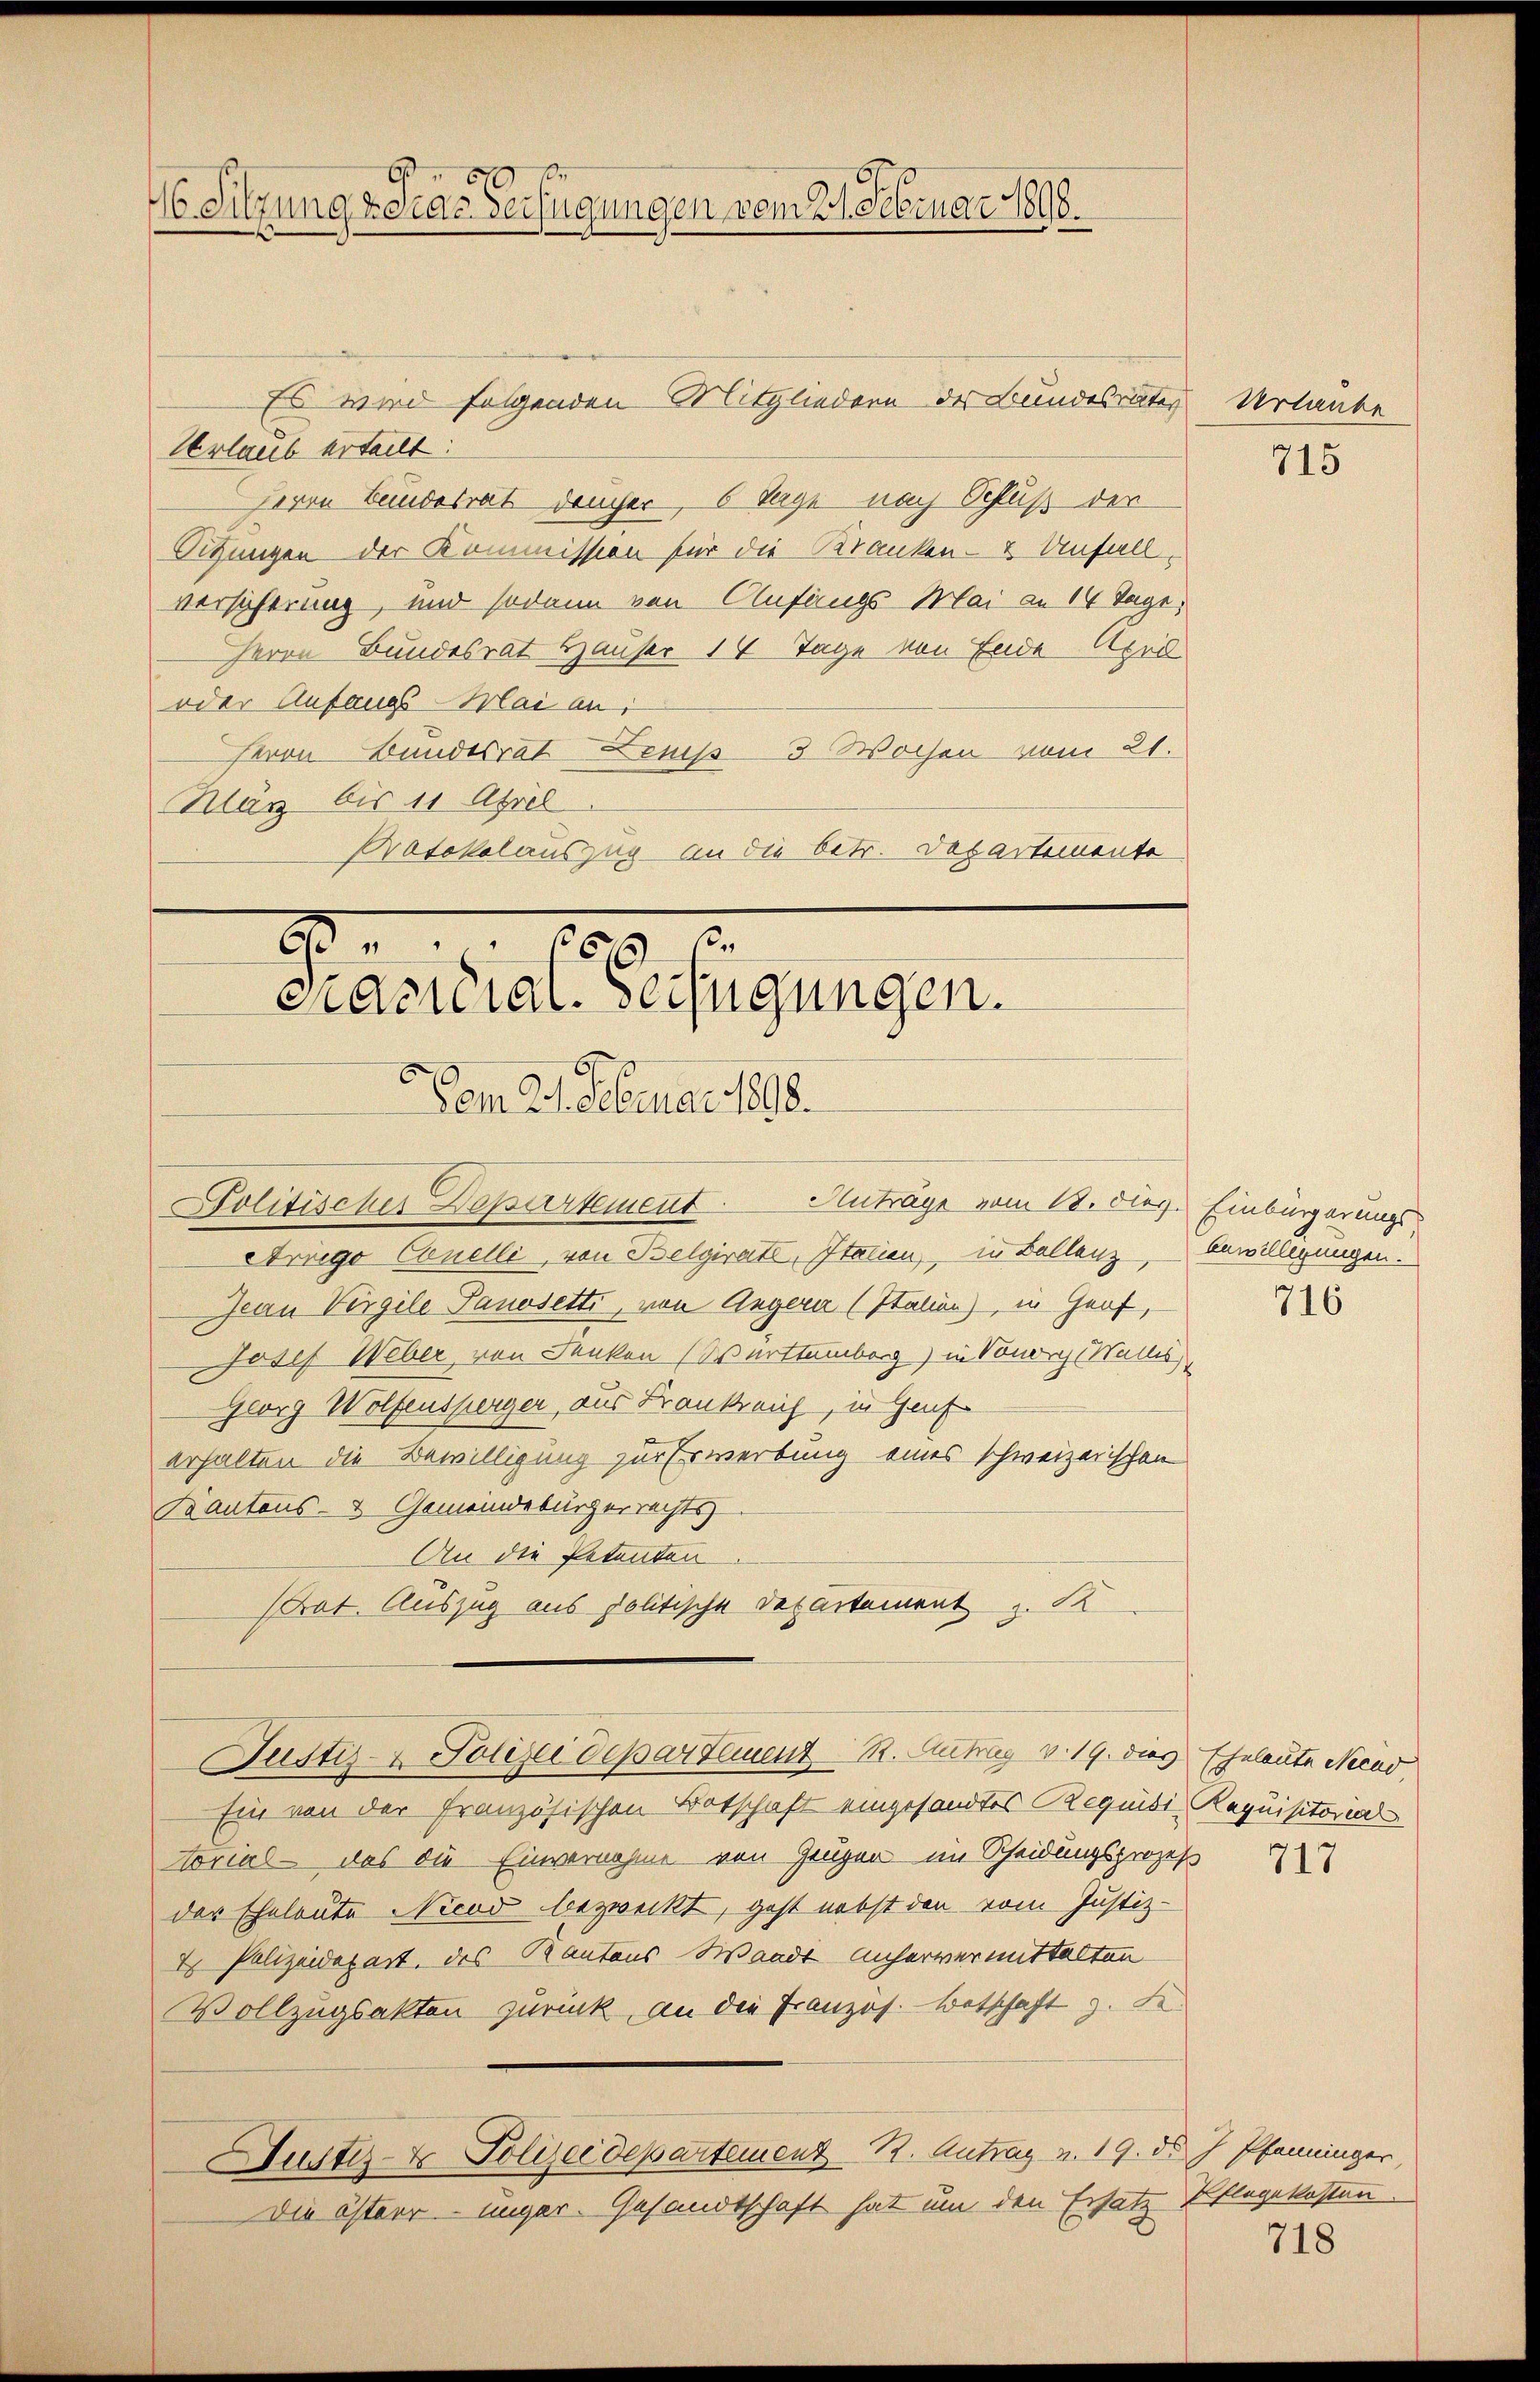
.
46. Sitzung u. das Verfügungen vom 21. Februar 1898.

Es wird folgenden Mitgliedern des Bundesrates
Verlaub erteilt:
Herrn Bundesrat dancher, 6 Tage nach Schluß der
Sitzungen der Kommission für die Kranken- & Unfallversicherung, und sodann von Anfangs Mai an 14 Tage
Herrn Bundesrat Häuser 14 Tage von Ende Apri
oder Anfangs-Mai an:
Herrn Bundesrat Leus 3 Wochen vom 21.
Klar bis 11 April
Protokolauszug an die betr. Departemente

2
15
cacidial-Verfügungen.
em 21. Februar 1898.

Justiz- & Polizei departement 1. Antrag v. 19. dies Eheleute Necad

Politisches Departement
Arrigo Conelli, von Belgirate, Italien, in Ballenz, bewilligungen.
Jean Vergile Panosetti, von Angern (Italien), in Graf,
Josef Weber von denken (Werttemberg) in Sono alles,
Georg Wolfensperger, aus Krankreich, in Genf
erhalten die Bewilligung zur Erwerbung eines schweizerischen
Kantons- & Gemeindebürgerrechts
An die Petenten.
Prat. Auszug aus politische Departement z. K

Anträge vom 12. des Einbürgerungs

Ein von der Französischen Botschaft eingesandtes Requidi Requisitorial
torial - das die Einvernahme von Grüger im Scheidungsprozeß
der Eheleute Nicod bezweckt, geht nebst den vom Justiz-
2 Polizeidepart, des Kantons Waadt unservermittalten
Vollzugsakten zurück, an die Französ. Betschaft z. B.
Justiz- & Polizeidepartement 1. Antrag v. 19. ds J. Pfenninger,
Die österringer. Gesandtschaft hat um den Ersatz Pflegekosten.

Urlaube

715

716

717

718